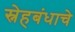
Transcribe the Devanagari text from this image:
स्नेहबंधाचे